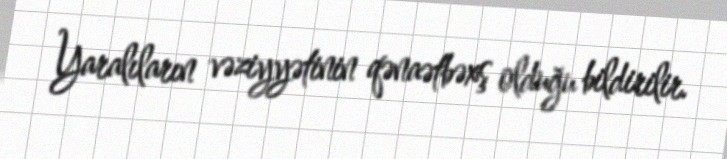
Yaralıların vəziyyətinin qənaətbəxş olduğu bildirilir.